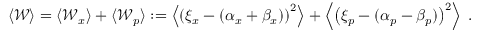
\begin{array} { r } { \langle \mathcal { W } \rangle = \langle \mathcal { W } _ { x } \rangle + \langle \mathcal { W } _ { p } \rangle : = \left\langle \left( \xi _ { x } - ( \alpha _ { x } + \beta _ { x } ) \right) ^ { 2 } \right\rangle + \left\langle \left( \xi _ { p } - ( \alpha _ { p } - \beta _ { p } ) \right) ^ { 2 } \right\rangle \; . } \end{array}